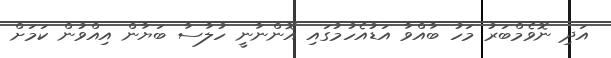
އަދި ނޮވެމްބަރު މަހު ބާއްވާ އަޑުއެހުމުގައި އޮންނާނީ ހުލާސާ ބަޔާން އިއްވުން ކަމަށް